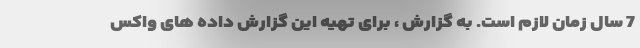
7 سال زمان لازم است. به گزارش ، برای تهیه این گزارش داده های واکس